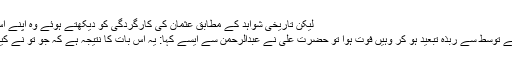
لیکن تاریخی شواہد کے مطابق عثمان کی کارگردگی کو دیکھتے ہوئے وہ اپنے اس کئے پر نادم تھا:
جب ابوذر عثمان کے توسط سے ربذه تبعید ہو کر وہیں فوت ہوا تو حضرت علیؑ نے عبدالرحمن سے ایسے کہا: یہ اس بات کا نتیجہ ہے کہ جو تو نے کیا (اسے خلیفہ بنایا)۔